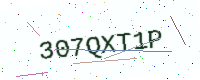
Text: 307QXT1P